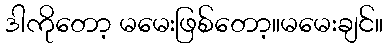
ဒါကိုတော့ မမေးဖြစ်တော့။မမေးချင်။